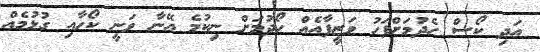
އަދި ކޯސް ހެދުމަށްފަހު ވަޒީފާއެއް ހޯދުމަށް ނިކުމެ އޭނާ ވަނީ ކޯހާއި ގުޅުމެއް